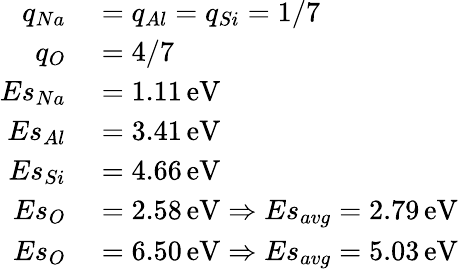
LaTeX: \begin{array}{rl}{q_{Na}}&{{}=q_{Al}=q_{Si}=1/7}\\ {q_{O}}&{{}=4/7}\\ {Es_{Na}}&{{}=1.11\, \mathrm{eV}}\\ {Es_{Al}}&{{}=3.41\, \mathrm{eV}}\\ {Es_{Si}}&{{}=4.66\, \mathrm{eV}}\\ {Es_{O}}&{{}=2.58\, \mathrm{eV}\Rightarrow Es_{avg}=2.79\, \mathrm{eV}}\\ {Es_{O}}&{{}=6.50\, \mathrm{eV}\Rightarrow Es_{avg}=5.03\, \mathrm{eV}}\end{array}